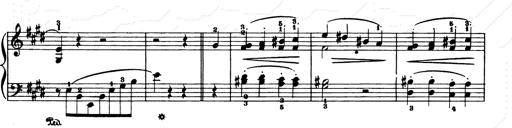
Title: Consolations and LiebestrÃ¤ume for the Piano
Composer: Franz Liszt